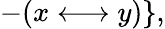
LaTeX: -(x\longleftrightarrow y)\} ,